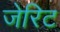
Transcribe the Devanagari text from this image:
जेरिट